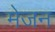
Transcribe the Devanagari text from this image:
मेजन